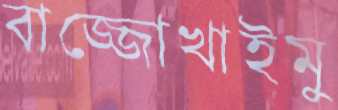
বাজ্জোখাইমু